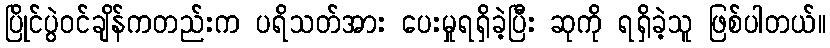
ပြိုင်ပွဲဝင်ချိန်ကတည်းက ပရိသတ်အား ပေးမှုရရှိခဲ့ပြီး ဆုကို ရရှိခဲ့သူ ဖြစ်ပါတယ်။